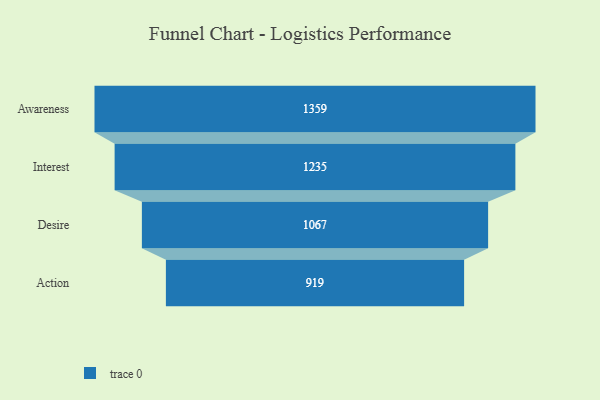
{"axis": {"x": "Stage", "y": "Value"}, "legend": [""], "data": [{"x": "Awareness", "y": 1359.0, "type": ""}, {"x": "Interest", "y": 1235.0, "type": ""}, {"x": "Desire", "y": 1067.0, "type": ""}, {"x": "Action", "y": 919.0, "type": ""}]}